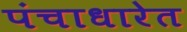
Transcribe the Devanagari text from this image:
पंचाधारेत